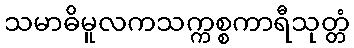
သမာဓိမူလကသက္ကစ္စကာရီသုတ္တံ